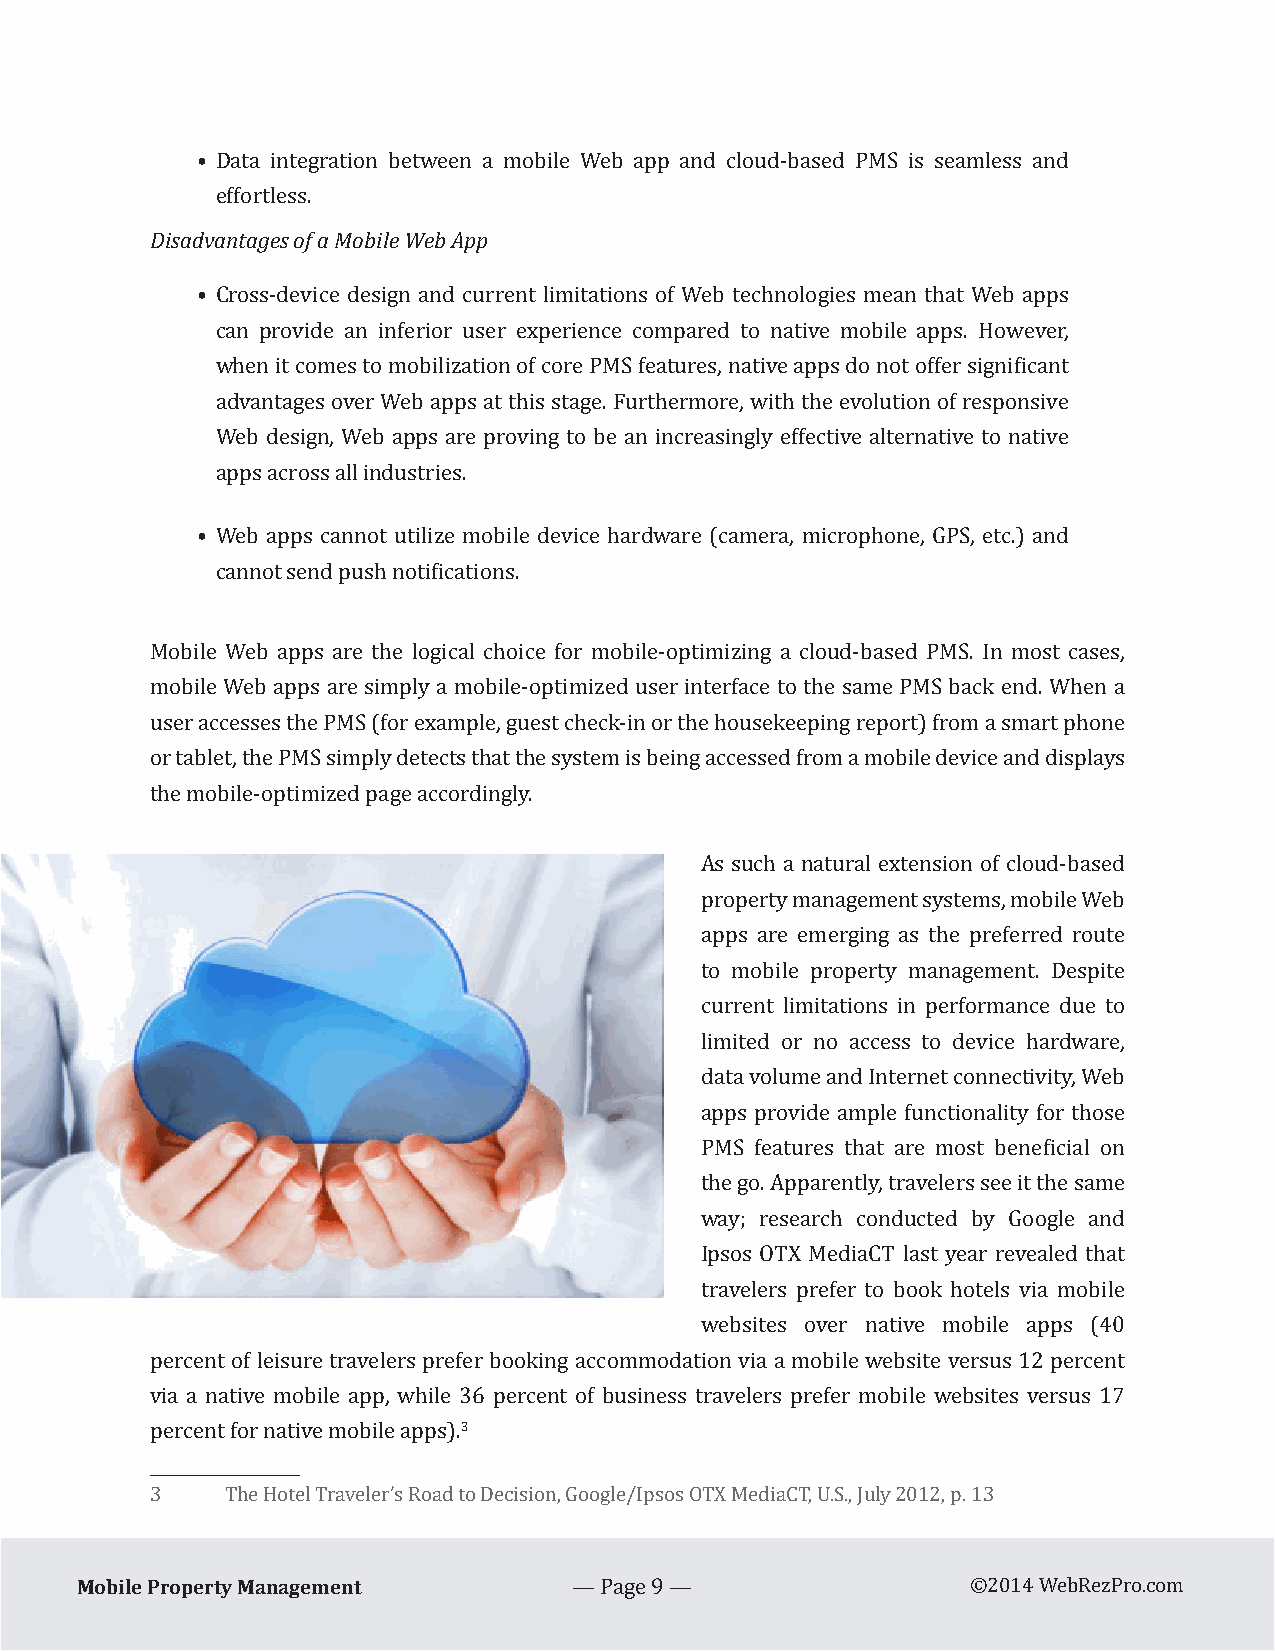
• Data integration between a mobile Web app and cloud-based PMS is seamless and
 Disadvaenfftoargtleess osf. a Mobile Web App
 • Cross-device design and current limitations of Web technologies mean that Web apps
 can provide an inferior user experience compared to native mobile apps. However,
 when it comes to mobilization of core PMS features, native apps do not offer significant
 advantages over Web apps at this stage. Furthermore, with the evolution of responsive
 Web design, Web apps are proving to be an increasingly effective alternative to native
 apps across all industries.
 • Web apps cannot utilize mobile device hardware (camera, microphone, GPS, etc.) and
 cannot send push notifications.
 Mobile Web apps are the logical choice for mobile-optimizing a cloud-based PMS. In most cases,
 mobile Web apps are simply a mobile-optimized user interface to the same PMS back end. When a
 user accesses the PMS (for example, guest check-in or the housekeeping report) from a smart phone
 or tablet, the PMS simply detects that the system is being accessed from a mobile device and displays
 the mobile-optimized page accordingly.
 As such a natural extension of cloud-based
 property management systems, mobile Web
 apps are emerging as the preferred route
 to mobile property management. Despite
 current limitations in performance due to
 limited or no access to device hardware,
 data volume and Internet connectivity, Web
 apps provide ample functionality for those
 PMS features that are most beneficial on
 the go. Apparently, travelers see it the same
 way; research conducted by Google and
 Ipsos OTX MediaCT last year revealed that
 travelers prefer to book hotels via mobile
 websites over native mobile apps (40
 percent of leisure travelers prefer booking accommodation via a mobile website versus 12 percent
 via a native mobile app, while 36 percent of business travelers prefer mobile websites versus 17
 3
 percent for native mobile apps).
 3    The Hotel Traveler’s Road to Decision, Google/Ipsos OTX MediaCT, U.S., July 2012, p. 13
 Mobile Property Management
 — Page 9 —                ©2014 WebRezPro.com